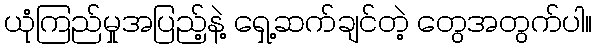
ယုံကြည်မှုအပြည့်နဲ့ ရှေ့ဆက်ချင်တဲ့ တွေအတွက်ပါ။